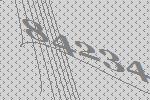
84234